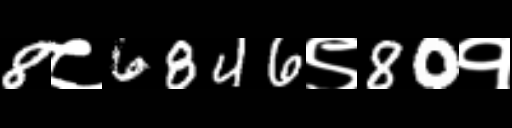
Text: 8८6846९80१